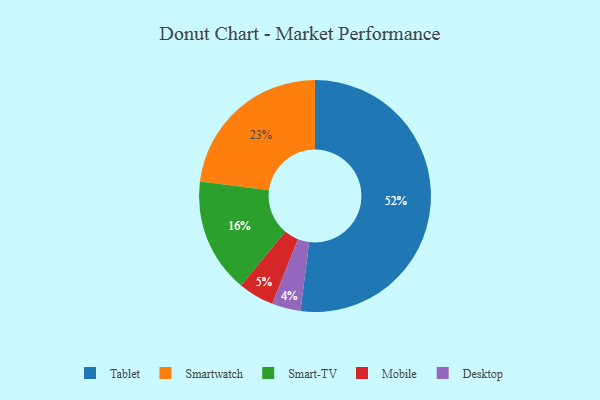
{"axis": {"x": "Category", "y": "Percentage"}, "legend": ["Desktop", "Mobile", "Smart-TV", "Smartwatch", "Tablet"], "data": [{"x": "Smart-TV", "y": 16, "type": "Smart-TV"}, {"x": "Tablet", "y": 52, "type": "Tablet"}, {"x": "Smartwatch", "y": 23, "type": "Smartwatch"}, {"x": "Desktop", "y": 4, "type": "Desktop"}, {"x": "Mobile", "y": 5, "type": "Mobile"}]}